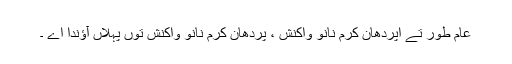
عامَ طور تے اپردھان کرم نانوَ واکنش ، پردھان کرم نانوَ واکنش توں پہلاں آؤندا اے ۔